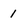
Character: 1